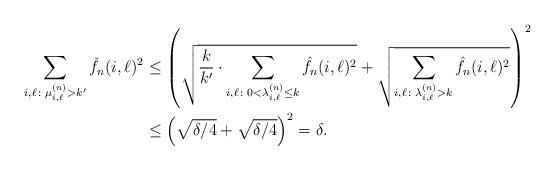
LaTeX: \begin{align*}\sum_{i, \ell \colon \mu_{i,\ell}^{(n)} > k'} \check f_n(i,\ell)^2&\leq \left(\sqrt{\frac{k}{k'}\cdot { \sum_{i, \ell \colon 0<\lambda_{i,\ell}^{(n)} \leq k} \hat f_n(i,\ell)^2 } } + \sqrt{ \sum_{i, \ell \colon \lambda_{i,\ell}^{(n)} > k} \hat f_n(i,\ell)^2 }\right)^2\\& \leq \left(\sqrt{\delta/4} + \sqrt{\delta/4}\right)^2=\delta.\end{align*}